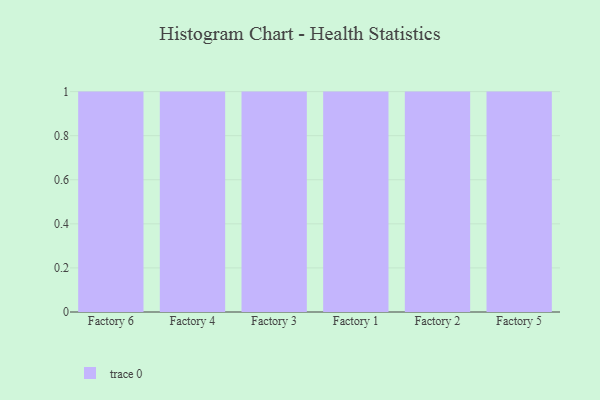
{"axis": {"x": "Factory", "y": "Churn Rate (%)"}, "legend": [""], "data": [{"x": "Factory 6", "y": 16, "type": ""}, {"x": "Factory 4", "y": 75, "type": ""}, {"x": "Factory 3", "y": 73, "type": ""}, {"x": "Factory 1", "y": 32, "type": ""}, {"x": "Factory 2", "y": 43, "type": ""}, {"x": "Factory 5", "y": 7, "type": ""}]}